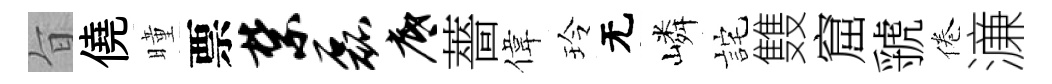
旨僥曈票禁磊底薔偉玲无嶙詫䨇窟虢倦濓